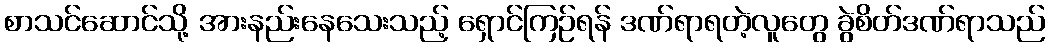
စာသင်ဆောင်သို့ အားနည်းနေသေးသည့် ရှောင်ကြဉ်ရန် ဒဏ်ရာရတဲ့လူတွေ ခွဲစိတ်ဒဏ်ရာသည်